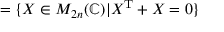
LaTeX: = \{ X \in M _ { 2 n } ( \mathbb { C } ) | X ^ { \mathrm { T } } + X = 0 \}